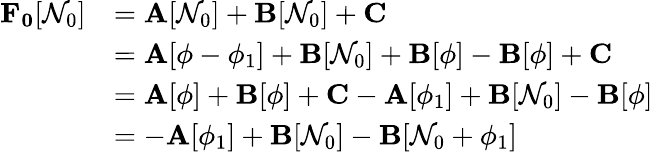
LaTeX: \begin{array}{rl}{\mathbf{F_{0}}[\mathcal{N}_{0}]}&{=\mathbf{A}[\mathcal{N}_{0}]+\mathbf{B}[\mathcal{N}_{0}]+\mathbf{C}}\\ &{=\mathbf{A}[\phi-\phi_{1}]+\mathbf{B}[\mathcal{N}_{0}]+\mathbf{B}[\phi]-\mathbf{B}[\phi]+\mathbf{C}}\\ &{=\mathbf{A}[\phi]+\mathbf{B}[\phi]+\mathbf{C}-\mathbf{A}[\phi_{1}]+\mathbf{B}[\mathcal{N}_{0}]-\mathbf{B}[\phi]}\\ &{=-\mathbf{A}[\phi_{1}]+\mathbf{B}[\mathcal{N}_{0}]-\mathbf{B}[\mathcal{N}_{0}+\phi_{1}]}\end{array}